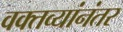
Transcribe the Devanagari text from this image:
वक्तव्यांनंतर